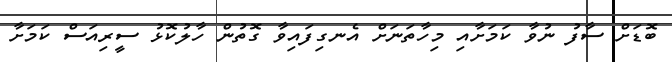
ބޮޑަށް ސާފު ނުވާ ކަމަށާއި މިހާތަނަށް އެނގިފައިވާ ގޮތުން ހާލުކޮޅު ސީރިއަސް ކަމަށާ